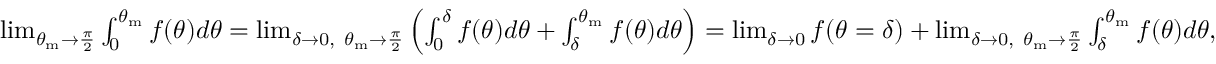
\begin{array} { r } { \operatorname* { l i m } _ { \theta _ { \mathrm { m } } \rightarrow \frac { \pi } { 2 } } \int _ { 0 } ^ { \theta _ { \mathrm { m } } } f ( \theta ) d \theta = \operatorname* { l i m } _ { \delta \rightarrow 0 , ~ \theta _ { \mathrm { m } } \rightarrow \frac { \pi } { 2 } } \left( \int _ { 0 } ^ { \delta } f ( \theta ) d \theta + \int _ { \delta } ^ { \theta _ { \mathrm { m } } } f ( \theta ) d \theta \right) = \operatorname* { l i m } _ { \delta \to 0 } f ( \theta = \delta ) + \operatorname* { l i m } _ { \delta \rightarrow 0 , ~ \theta _ { \mathrm { m } } \rightarrow \frac { \pi } { 2 } } \int _ { \delta } ^ { \theta _ { \mathrm { m } } } f ( \theta ) d \theta , } \end{array}